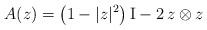
LaTeX: \begin{align*} A(z)= \left(1-|z|^2\right)\mathrm{I} - 2\,z\otimes z\end{align*}